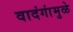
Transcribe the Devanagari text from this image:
वादंगांमुळे